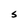
Character: S